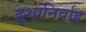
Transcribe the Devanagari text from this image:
दृश्यनिर्वाह